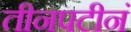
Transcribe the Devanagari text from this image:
तीनपटीनं